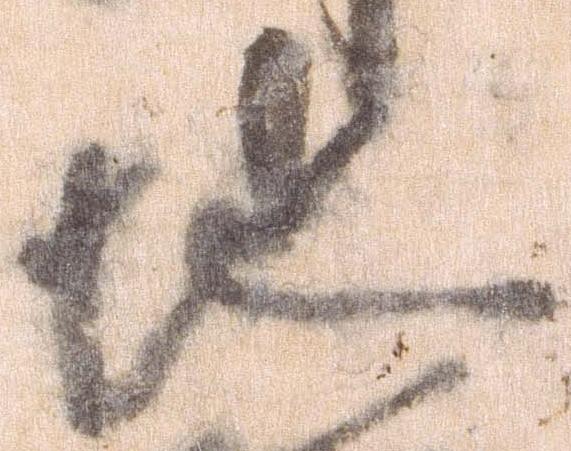
地